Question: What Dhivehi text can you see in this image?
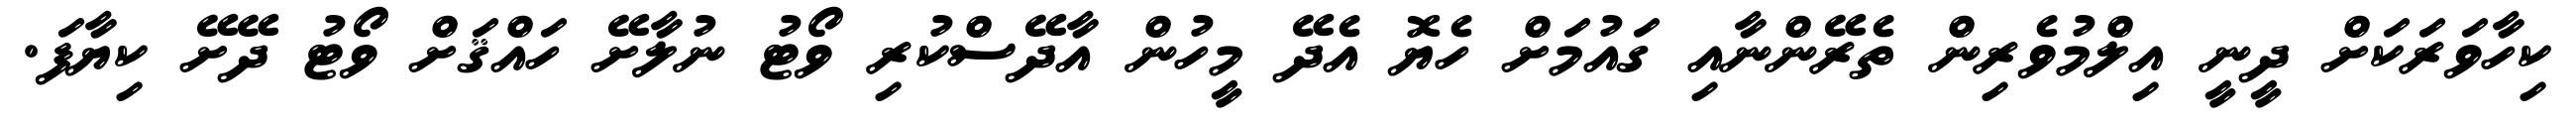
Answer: ކިހާވަރަކަށް ދީނީ އިލްމުވެރިން ތެރޭންނާއި ގައުމަށް ހެޔޮ އެދޭ މީހުން އާދޭސްކުރި ވޯޓު ނުލާށޭ ހައްޤަށް ވޯޓު ދޭށޭ ކިޔާފަ.